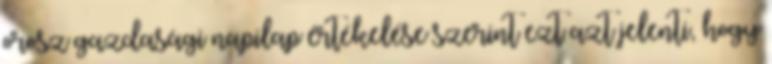
orosz gazdasági napilap értékelése szerint ezt azt jelenti, hogy